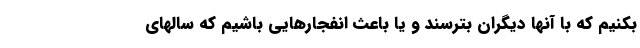
بکنیم که با آنها دیگران بترسند و یا باعث انفجارهایی باشیم که سالهای